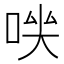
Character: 𠴃